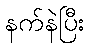
နက်နဲပြီး